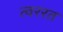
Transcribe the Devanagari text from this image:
त्वररत